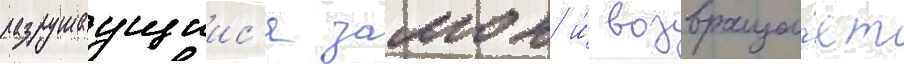
разрушаущиис'я замок и́ возвраща́ет